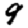
Digit: 9